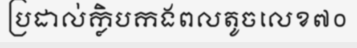
ប្រដាល់ក្លិបកងពលតូចលេខ៧០